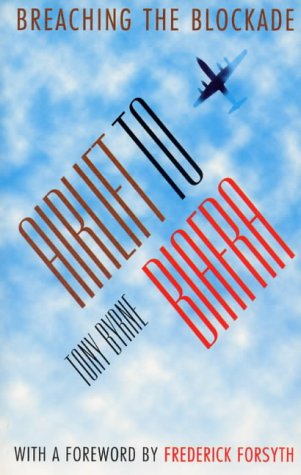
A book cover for Airlift to Biafra: Breaching the Blockade; Tony Byrne; History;